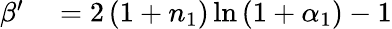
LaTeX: \begin{array}{rl}{\beta^{\prime}}&{{}=2\left(1+n_{1}\right)\ln\left(1+\alpha_{1}\right)-1}\end{array}